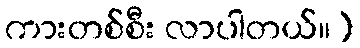
ကားတစ်စီး လာပါတယ်။)